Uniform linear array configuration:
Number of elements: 12
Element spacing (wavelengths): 0.75
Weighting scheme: hann
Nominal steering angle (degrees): -60
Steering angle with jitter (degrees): -60.964
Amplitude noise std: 0.05
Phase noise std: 0.05

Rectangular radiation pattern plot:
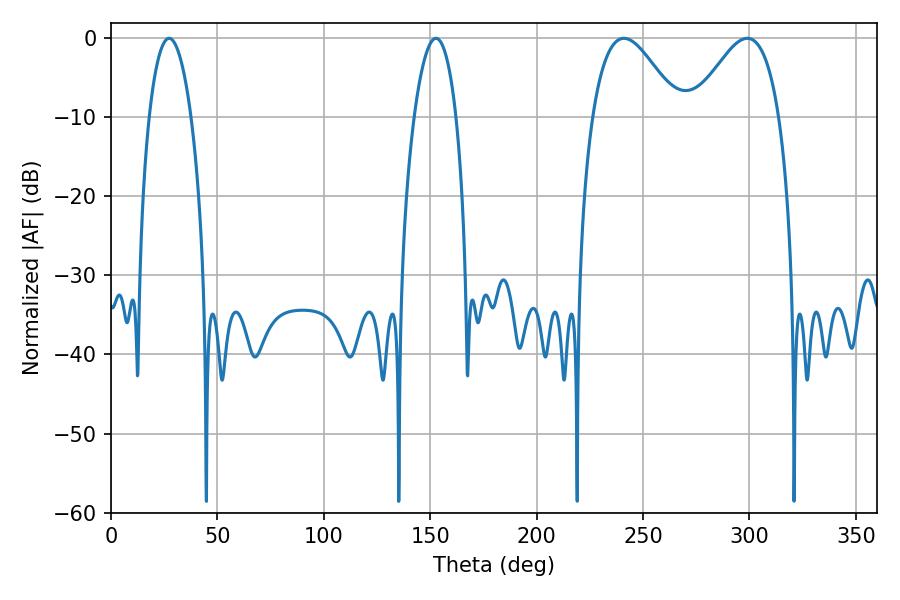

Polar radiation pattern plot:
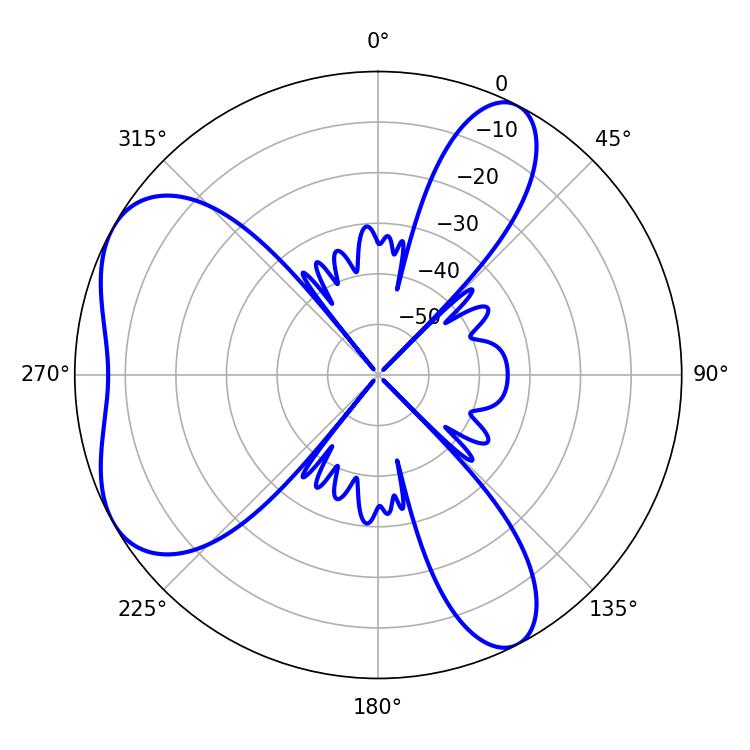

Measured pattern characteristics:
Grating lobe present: TRUE
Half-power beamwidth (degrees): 21.96
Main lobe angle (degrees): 241.02